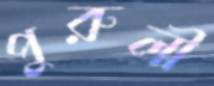
পুরুলী